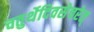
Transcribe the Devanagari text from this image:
चतुर्थेदिवसेचरेत्